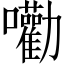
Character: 𡅳